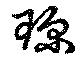
琛